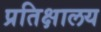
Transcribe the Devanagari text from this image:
प्रतिक्षालय